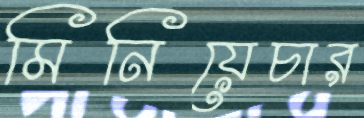
মিনিয়েচার